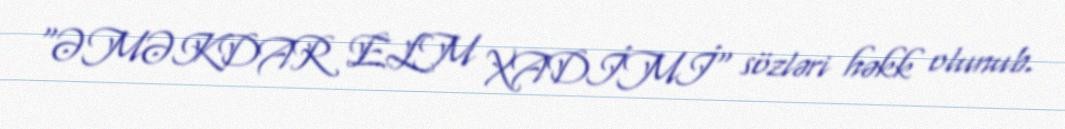
"ƏMƏKDAR ELM XADİMİ" sözləri həkk olunub.